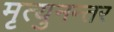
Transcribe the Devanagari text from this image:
मृत्युनन्तर